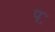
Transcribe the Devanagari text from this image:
पः